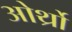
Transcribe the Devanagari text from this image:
ओर्थ्रो